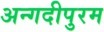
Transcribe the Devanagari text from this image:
अन्गदीपुरम